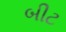
બીટ